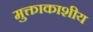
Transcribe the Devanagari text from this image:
मुक्ताकाशीय